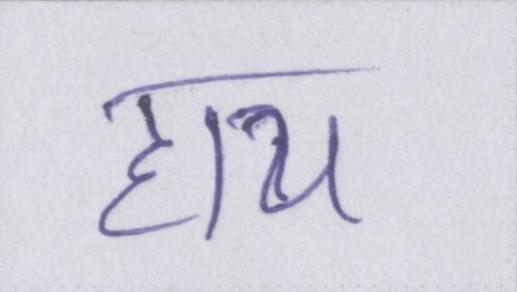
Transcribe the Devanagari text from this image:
हाय